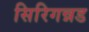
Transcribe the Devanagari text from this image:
सिरिगन्नड